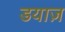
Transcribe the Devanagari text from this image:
डयाज़